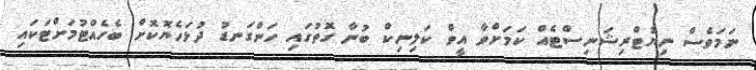
ނަމަވެސް ނިޔުޓްރިޝަނިސްޓެއް ކަމަށްވާ އީވް ކަލިނިކް ބުނާ ގޮތުގައި ހަންގަނޑު ދުޅަހެޔޮކޮށް ބެހެއްޓުމަށްޓަކައި